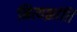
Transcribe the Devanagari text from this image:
नित्यक्रांति